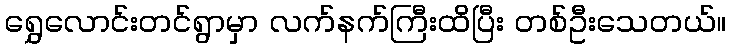
ရွှေလောင်းတင်ရွာမှာ လက်နက်ကြီးထိပြီး တစ်ဦးသေတယ်။